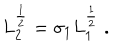
LaTeX: L _ { 2 } ^ { \frac { 1 } { 2 } } = \sigma _ { 1 } L _ { 1 } ^ { \frac { 1 } { 2 } } \; .